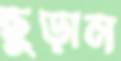
ছুড়ান